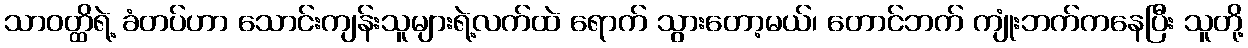
သာဝတ္ထိရဲ့ ခံတပ်ဟာ သောင်းကျန်းသူများရဲ့လက်ထဲ ရောက် သွားတော့မယ်၊ တောင်ဘက် ကျုံးဘက်ကနေပြီး သူတို့